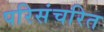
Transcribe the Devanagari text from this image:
परिसंचरित